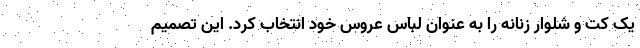
یک کت و شلوار زنانه را به عنوان لباس عروس خود انتخاب کرد. این تصمیم